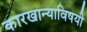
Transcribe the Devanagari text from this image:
कारखान्याविषयी